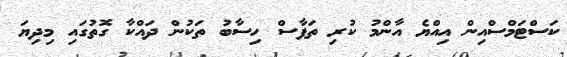
ކަސްޓަމްސްއިން އިއްޔެ އާންމު ކުރި ތަފާސް ހިސާބު ތަކުން ދައްކާ ގޮތުގައި މިދިޔަ